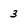
Character: 3